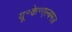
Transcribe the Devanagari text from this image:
यू॰के॰एल्बमज़